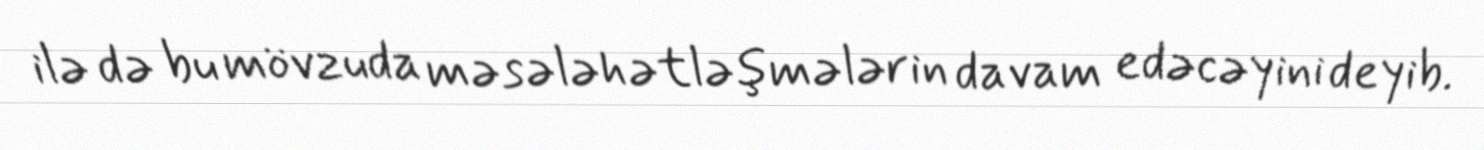
ilə də bu mövzuda məsələhətləşmələrin davam edəcəyini deyib.